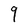
Character: 9